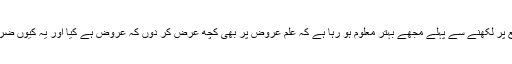
لیکن تقطیع پر لکھنے سے پہلے مجھے بہتر معلوم ہو رہا ہے کہ علمِ عروض پر بھی کچھ عرض کر دوں کہ عروض ہے کیا اور یہ کیوں ضروری ہے۔